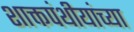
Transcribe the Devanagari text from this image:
शाक्तपंथीयांच्या